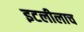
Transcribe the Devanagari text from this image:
इटलीलाच